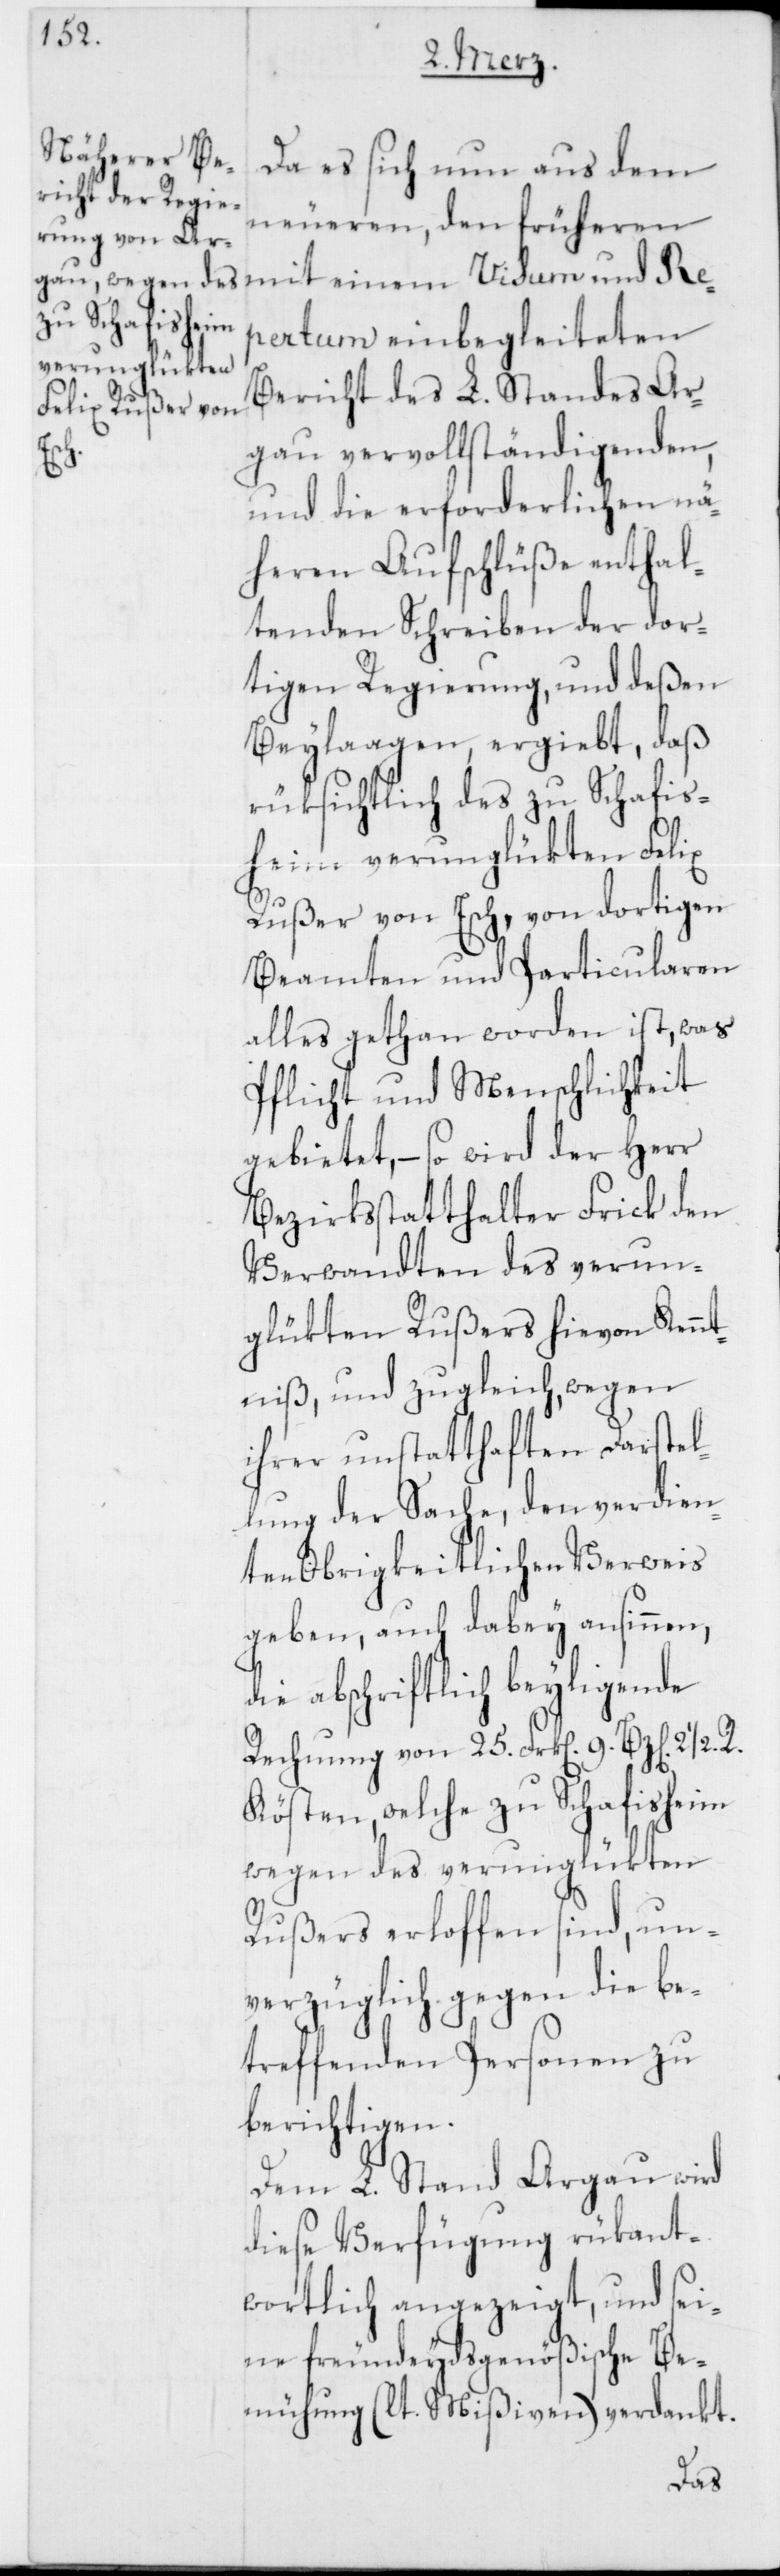
Da es sich nun aus dem
neueren, den früheren
ertum einbegleiteten
Bericht des L. Standes Ar¬
gau vervollständigenden,
21/2.
und die erforderlichen nä¬
heren Aufschlüße enthal¬
tenden Schreiben der dor¬
tigen Regierung, und deßen
Beylaagen, ergiebt, daß
rüksichtlich des zu Schafis¬
heim verunglükten Felix
Rußer von Esch, von dortigen
Beamten und Particularen
alles gethan worden ist, was
Pflicht und Menschlichkeit
gebietet, – so wird der Herr
Bezirksstatthalter Frick den
Verwandten des verun¬
glükten Rußers hievon Kennt¬
niß, und zugleich, wegen
ihrer unstatthaften Darstel¬
lung der Sache, den verdien¬
ten Obrigkeitlichen Verweis
geben, auch dabey ansinnen,
die abschriftlich beyligende
Rechnung von 25. Frk[en]. 9. Bz[en].
Kösten, welche zu Schafisheim
wegen des verunglükten
Rußers erloffen sind, un¬
verzüglich gegen die be¬
treffenden Personen zu
berichtigen.
Dem L. Stand Argau wird
diese Verfügung rükant¬
wortlich angezeigt, und sei¬
ne freundeydsgenößische Be¬
mühung (lt. Mißiven) verdankt.